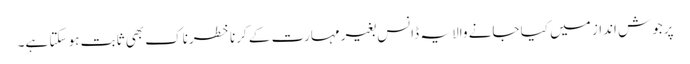
پرجوش انداز میں کیا جانے والا یہ ڈانس بغیر مہارت کے کرنا خطرناک بھی ثابت ہو سکتا ہے۔